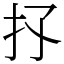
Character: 𢩴